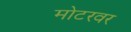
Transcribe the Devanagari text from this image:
मोटरवर